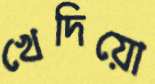
খেদিয়ো